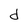
Character: d